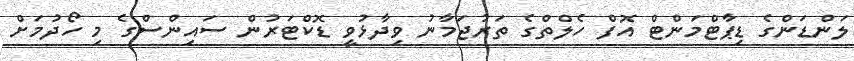
ލަންޑަންގެ ޑިޕާޓްމަންޓް އޮފް ހެލްތްގެ ތަރުޖަމާނު ވިދާޅުވީ ޑޮކްޓަރުން ސައިންސްގެ މި ހޯދުމަށް